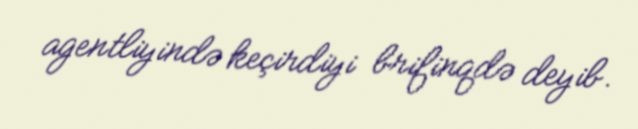
agentliyində keçirdiyi brifinqdə deyib.